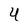
Character: U